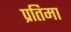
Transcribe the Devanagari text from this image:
प्रतिमा